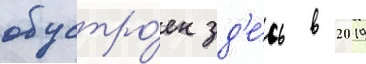
обустро́ен зд'е́сь в 2019